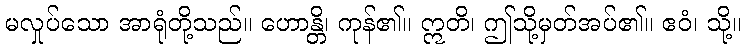
မလှုပ်သော အာရုံတို့သည်။ ဟောန္တိ၊ ကုန်၏။ ဣတိ၊ ဤသို့မှတ်အပ်၏။ ဧဝံ၊ သို့။